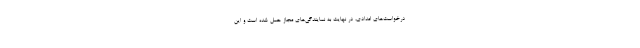
درخواست‌های امدادی، در نهایت به نمایندگی‌های مجاز حمل شده است و این